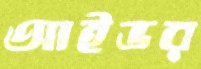
আইভর